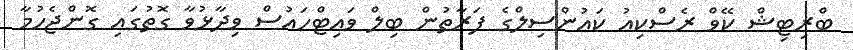
ބްރިޓިޝް ކޭވް ރެސްކިއު ކައުންސިލްގެ ފަރާތުން ބިލް ވައިޓްހައުސް ވިދާޅުވާ ގޮތުގައި ގޮންޖެހުމާ